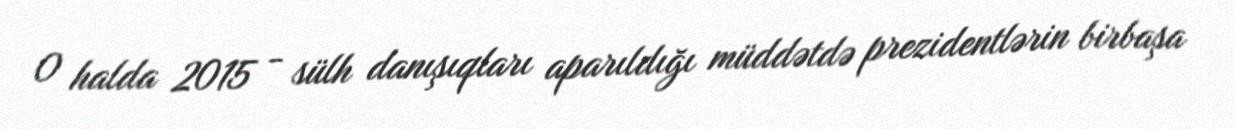
O halda 2015 - sülh danışıqları aparıldığı müddətdə prezidentlərin birbaşa